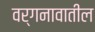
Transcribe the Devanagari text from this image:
वर्गनावातील